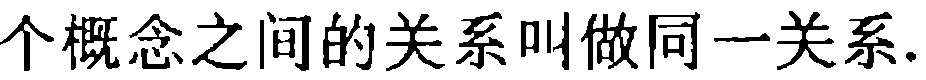
个概念之间的关系叫做同一关系.